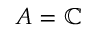
A = \mathbb { C }